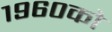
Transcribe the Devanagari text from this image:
१९६०को